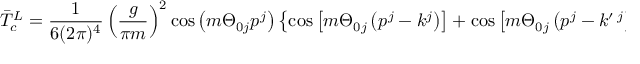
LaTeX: { \bar { T } } _ { c } ^ { L } = \frac { 1 } { 6 ( 2 \pi ) ^ { 4 } } \left( \frac { g } { \pi m } \right) ^ { 2 } \cos \left( m \Theta _ { 0 j } p ^ { j } \right) \left\{ \cos \left[ m \Theta _ { 0 j } \left( p ^ { j } - k ^ { j } \right) \right] + \cos \left[ m \Theta _ { 0 j } \left( p ^ { j } - k ^ { \prime } \, ^ { j } \right) \right] \right\} .